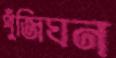
পুঁজিঘন